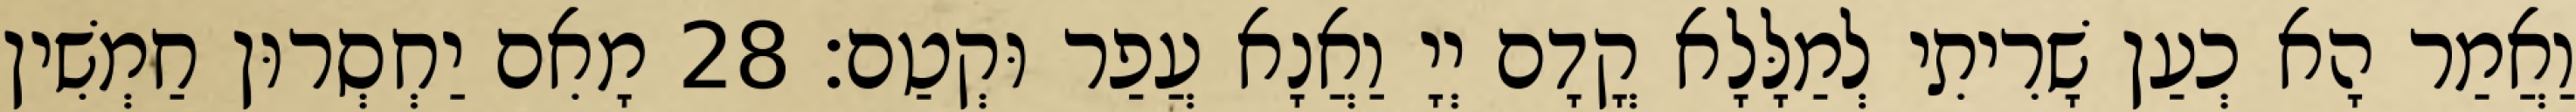
וַאֲמַר הָא כְעַן שָׁרִיתִי לְמַלָּלָא קֳדָם יְיָ וַאֲנָא עֲפַר וּקְטַם׃ 28 מָאִם יַחְסְרוּן חַמְשִׁין